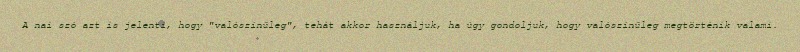
A nai szó azt is jelenti, hogy "valószínűleg", tehát akkor használjuk, ha úgy gondoljuk, hogy valószínűleg megtörténik valami.